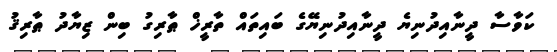
ކަވާސާ ދީނާއިދުނިޔެ ދީނާއިދުނިޔޭގެ ބައިތައް ތާރީޚް ޠާރިގު ބިން ޒިޔާދު ޠާރިޤު